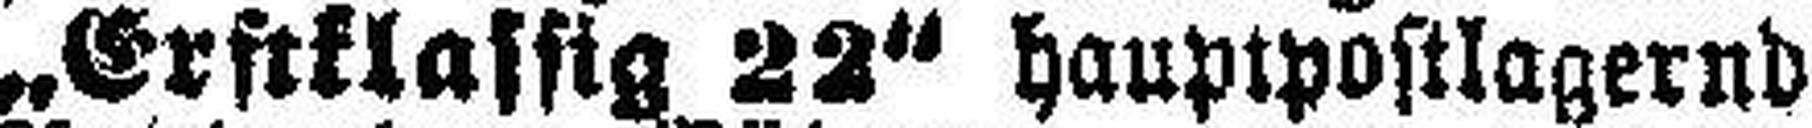
„Erftklassig 22“ hauptpostlagernd